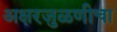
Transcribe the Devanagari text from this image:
अक्षरजुळणीचा